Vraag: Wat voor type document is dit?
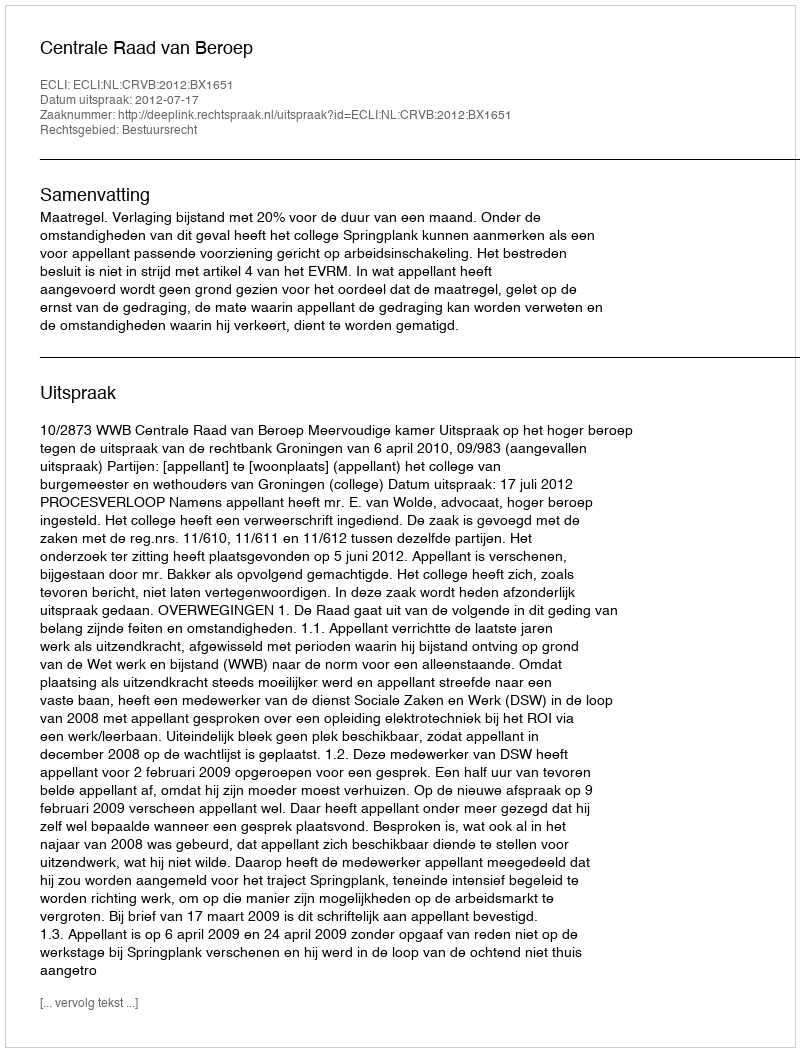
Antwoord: Uitspraak